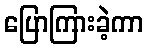
ပြောကြားခဲ့ကာ